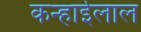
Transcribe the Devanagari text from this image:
कन्हाईलाल